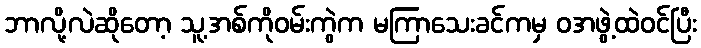
ဘာလို့လဲဆိုတော့ သူ့အစ်ကိုဝမ်းကွဲက မကြာသေးခင်ကမှ ဝအဖွဲ့ထဲဝင်ပြီး